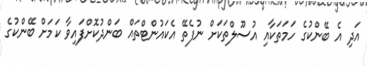
އަދި އެ ބޭންކުގެ ހަމަތަކާއި އުސޫލްތަކަށް ނުފެތޭ އެކައުންޓްތައް ބަންދުކޮށްފައިވާ ކަމަށް ބޭންކުގެ